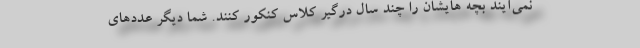
نمی‌آیند بچه هایشان را چند سال درگیر کلاس کنکور کنند. شما دیگر عددهای